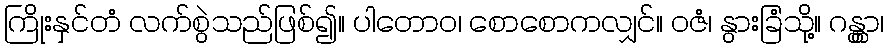
ကြိုးနှင်တံ လက်စွဲသည်ဖြစ်၍။ ပါတောဝ၊ စောစောကလျှင်။ ဝဇံ၊ နွားခြံသို့။ ဂန္တွာ၊